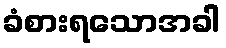
ခံစားရသောအခါ